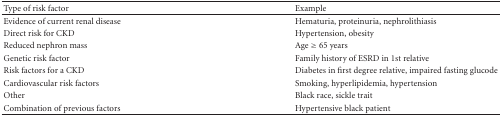
| Type of risk factor | Example |
 | --- | --- |
 | Evidence of current renal disease | Hematuria, proteinuria, nephrolithiasis |
 | Direct risk for CKD | Hypertension, obesity |
 | Reduced nephron mass | Age ≥ 65 years |
 | Genetic risk factor | Family history of ESRD in 1st relative |
 | Risk factors for a CKD | Diabetes in first degree relative, impaired fasting glucode |
 | Cardiovascular risk factors | Smoking, hyperlipidemia, hypertension |
 | Other | Black race, sickle trait |
 | Combination of previous factors | Hypertensive black patient |